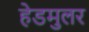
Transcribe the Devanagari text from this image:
हेडमुलर